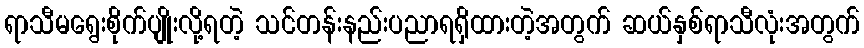
ရာသီမရွေးစိုက်ပျိုးလို့ရတဲ့ သင်တန်းနည်းပညာရရှိထားတဲ့အတွက် ဆယ်နှစ်ရာသီလုံးအတွက်